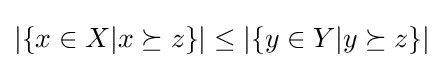
|\{x\in X|x\succeq z\}|\leq |\{y\in Y|y\succeq z\}|